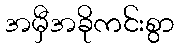
အမှီအခိုကင်းစွာ